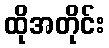
ထိုအတိုင်း